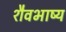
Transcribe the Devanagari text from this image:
शैवभाष्य